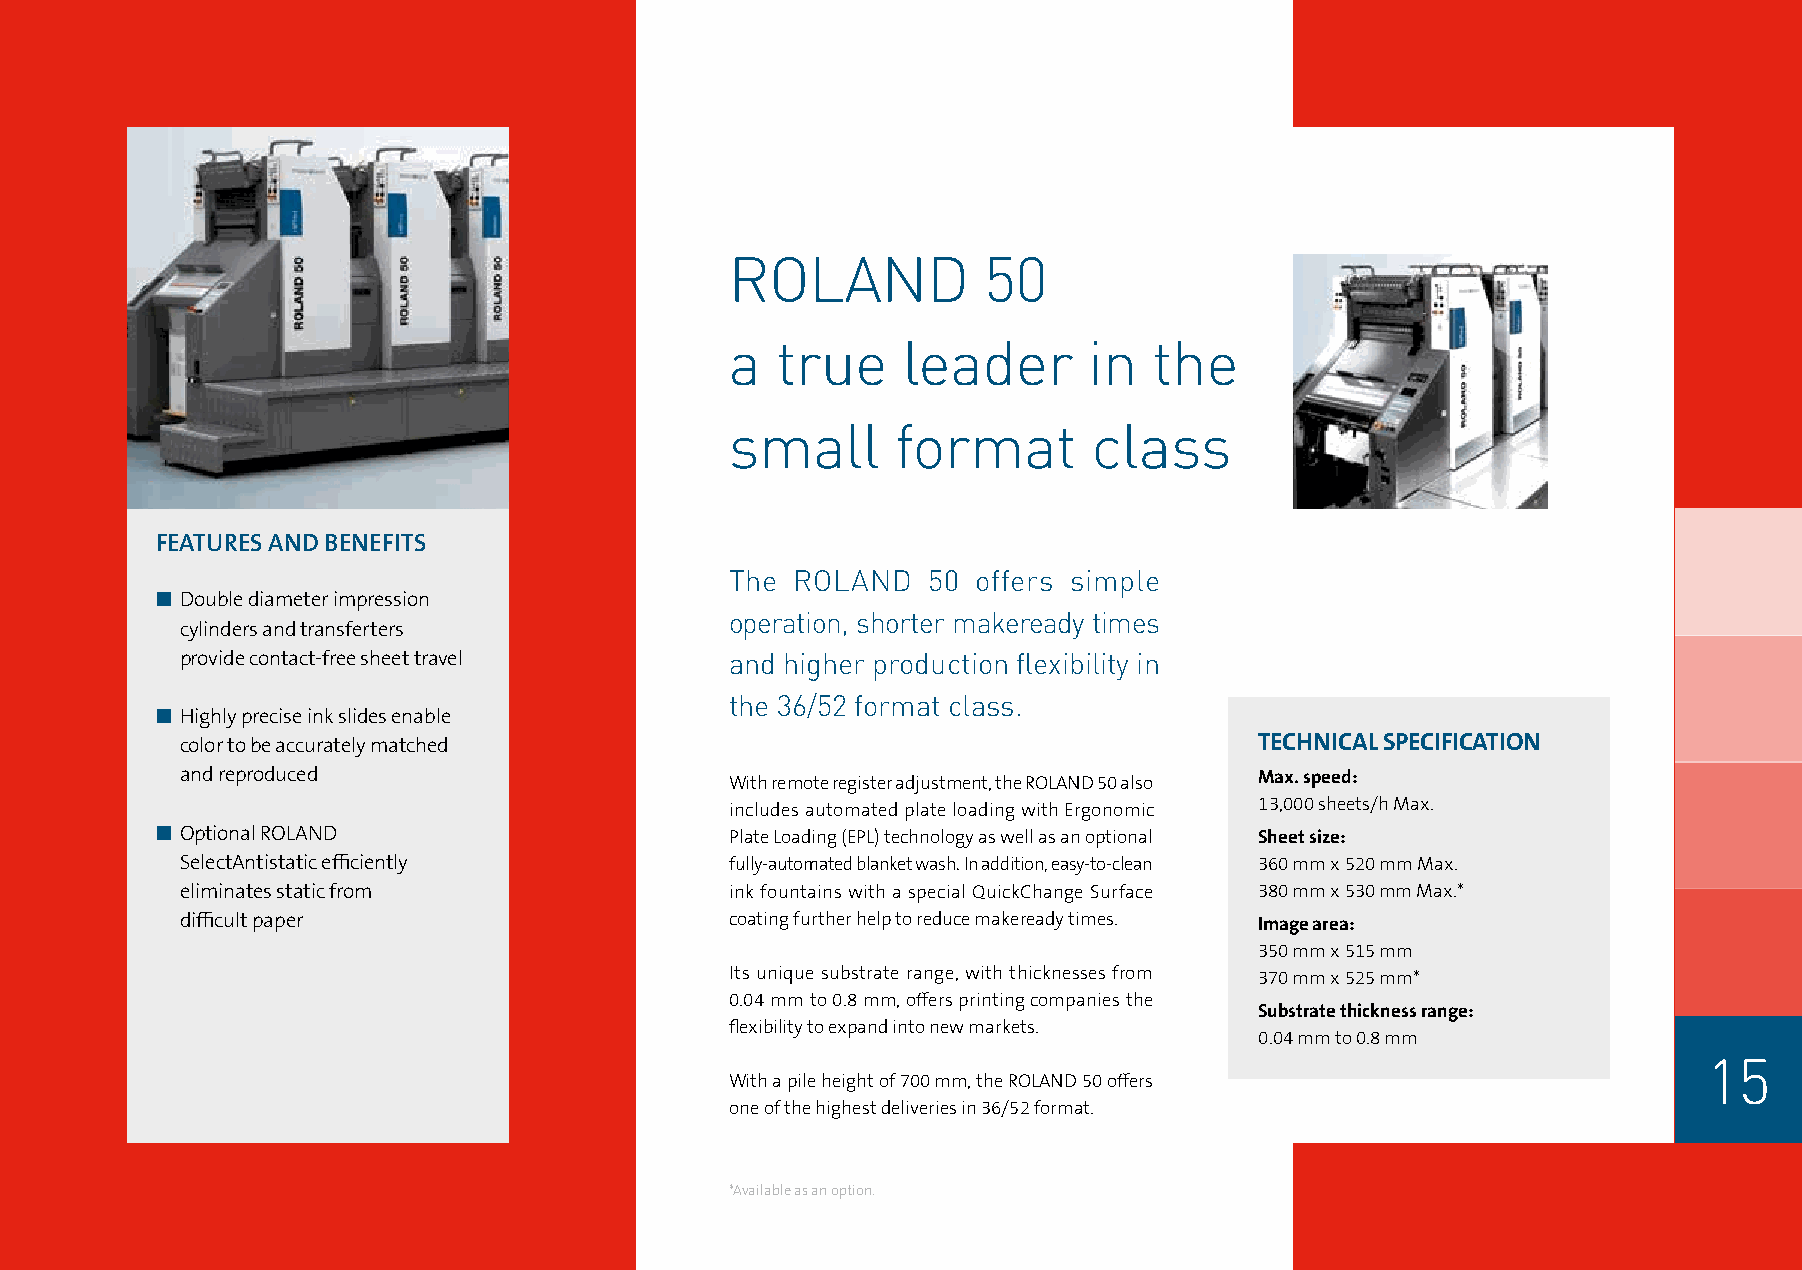
ROLAND           50
 a  true     leader      in  the
 small      format       class
 FEATURES AND BENEFITS
 The  ROLAND  50  offers simple
 n Double diameter impression
 operation, shorter makeready times
 cylinders and transferters
 provide contact-free sheet travel   and higher production flexibility in
 the 36/52 format class.
 n Highly precise ink slides enable
 color to be accurately matched                                         TECHNICAL SPECIFICATION
 and reproduced                                                         Max. speed:
 With remote register adjustment, the ROLAND 50 also
 13,000 sheets/h Max.
 includes automated plate loading with Ergonomic
 n Optional ROLAND                     Plate Loading (EPL) technology as well as an optional Sheet size:
 SelectAntistatic efficiently        fully-automated blanket wash. In addition, easy-to-clean 360 mm x 520 mm Max.
 eliminates static from              ink fountains with a special QuickChange Surface 380 mm x 530 mm Max.*
 difficult paper                     coating further help to reduce makeready times. Image area:
 350 mm x 515 mm
 Its unique substrate range, with thicknesses from 370 mm x 525 mm*
 0.04 mm to 0.8 mm, offers printing companies the
 Substrate thickness range:
 flexibility to expand into new markets.
 0.04 mm to 0.8 mm
 15
 With a pile height of 700 mm, the ROLAND 50 offers
 one of the highest deliveries in 36/52 format.
 *Available as an option.